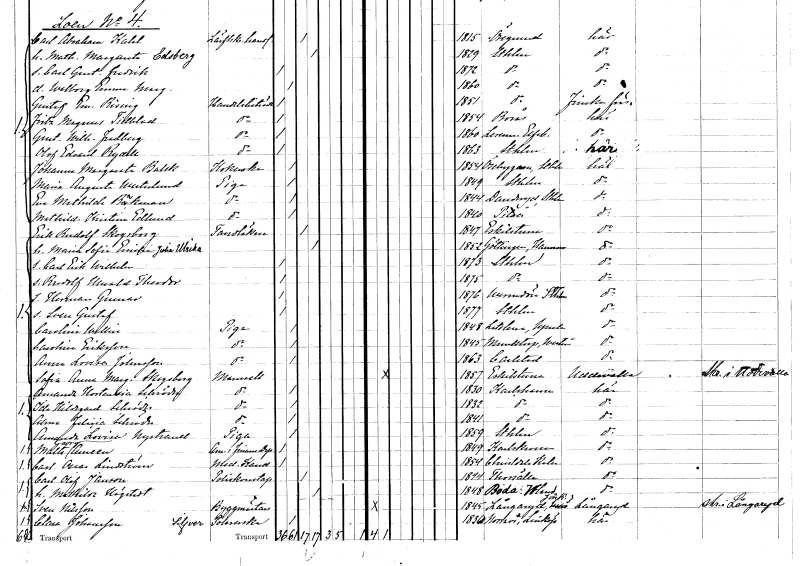
gt_parse: households: individuals: FN: Carl Abraham
EN: Kahl
YRKE: Lärftskramhandlare
KON: M
CIV: G
FODAR: 1815
FODFORS: Öregrund Uppsala län
FN: Mathilda Margareta
EN: Edsberg
KON: K
CIV: G
FODAR: 1829
FODFORS: Stockholm
FN: Carl Gustaf Fredrik
KON: M
CIV: O
FODAR: 1872
FODFORS: Stockholm
FN: Walborg Emma Margareta
KON: K
CIV: O
FODAR: 1860
FODFORS: Stockholm
FN: Gustaf Emanuel
EN: Rising
YRKE: Handelsbiträde
KON: M
CIV: O
FODAR: 1851
FODFORS: Stockholm
FN: Fritz Magnus
EN: Tillblad
YRKE: Handelsbiträde
KON: M
CIV: O
FODAR: 1854
FODFORS: Borås Älvsborgs län
FN: Gustaf Wilhelm
EN: Fredberg
YRKE: Handelsbiträde
KON: M
CIV: O
FODAR: 1860
FODFORS: Lerum Älvsborgs län
FN: Olof Edvard
EN: Rydell
YRKE: Handelsbiträde
KON: M
CIV: O
FODAR: 1863
FODFORS: Stockholm
FN: Johanna Margareta
EN: Balck
YRKE: Kokerska
KON: K
CIV: O
FODAR: 1854
FODFORS: Össeby-Garn Stockholms län
FN: Maria Augusta
EN: Westerlund
YRKE: Piga
KON: K
CIV: O
FODAR: 1849
FODFORS: Stockholm
FN: Eva Mathilda
EN: Bäckman
YRKE: Piga
KON: K
CIV: O
FODAR: 1844
FODFORS: Danderyd Stockholms län
FN: Mathilda Kristina
EN: Edlund
YRKE: Piga
KON: K
CIV: O
FODAR: 1840
FODFORS: Piteå Norrbottens län
FN: Erik Rudolf
EN: Skogsborg
YRKE: Tandläkare
KON: M
CIV: G
FODAR: 1847
FODFORS: Eskilstuna Södermanlands län
FN: Maria Sofia Emilia Julia Ulrika
KON: K
CIV: G
FODAR: 1852
FN: Carl Erik Wilhelm
KON: M
CIV: O
FODAR: 1873
FODFORS: Stockholm
FN: Rudolf Harald Theodor
KON: M
CIV: O
FODAR: 1875
FODFORS: Stockholm
FN: Herman Gunnar
KON: M
CIV: O
FODAR: 1876
FODFORS: Värmdö Stockholms län
FN: Sven Gustaf
KON: M
CIV: O
FODAR: 1877
FODFORS: Stockholm
FN: Carolina
EN: Wallin
YRKE: Piga
KON: K
CIV: O
FODAR: 1848
FODFORS: Litslena Uppsala län
FN: Carolina
EN: Eriksson
YRKE: Piga
KON: K
CIV: O
FODAR: 1845
FODFORS: Munktorp Västmanlands län
FN: Anna Lovisa
EN: Johnsson
YRKE: Piga
KON: K
CIV: O
FODAR: 1863
FODFORS: Karlstad Värmlands län
FN: Sofia Anna Margareta
EN: Skogsborg
KON: K
CIV: O
FODAR: 1857
FODFORS: Eskilstuna Södermanlands län
FN: Amanda Hortensia
EN: Schröder
KON: K
CIV: O
FODAR: 1830
FODFORS: Karlshamn Blekinge län
FN: Ida Hildegard
EN: Schröder
KON: K
CIV: O
FODAR: 1832
FODFORS: Karlshamn Blekinge län
FN: Alma Felicia
EN: Schröder
KON: K
CIV: O
FODAR: 1841
FODFORS: Karlshamn Blekinge län
FN: Amanda Lovisa
EN: Nystrand
YRKE: Piga
KON: K
CIV: O
FODAR: 1859
FODFORS: Stockholm
FN: Malte Georg
EN: Ameen
YRKE: Amanuens vid Finansdepartementet
KON: M
CIV: O
FODAR: 1849
FODFORS: Karlskrona Blekinge län
FN: Carl Oscar
EN: Lindström
YRKE: Medicine kandidat
KON: M
CIV: O
FODAR: 1854
FODFORS: Kristdala Kalmar län
FN: Carl Olof
EN: Janson
YRKE: Poliskonstapel
KON: M
CIV: G
FODAR: 1844
FODFORS: Torshälla Södermanlands län
FN: Mathilda
EN: Högstedt
KON: K
CIV: G
FODAR: 1848
FODFORS: Boda Värmlands län
FN: Sven
EN: Nilsson
YRKE: Byggmästare
KON: M
CIV: O
FODAR: 1845
FODFORS: Långaryd Hallands län
FN: Clara
EN: Johansson
YRKE: Silverpolererska
KON: K
CIV: O
FODAR: 1836
FODFORS: Norra Vi Östergötlands län